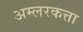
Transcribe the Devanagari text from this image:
अम्लरकत्ता